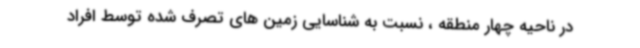
در ناحیه چهار منطقه ، نسبت به شناسایی زمین های تصرف شده توسط افراد